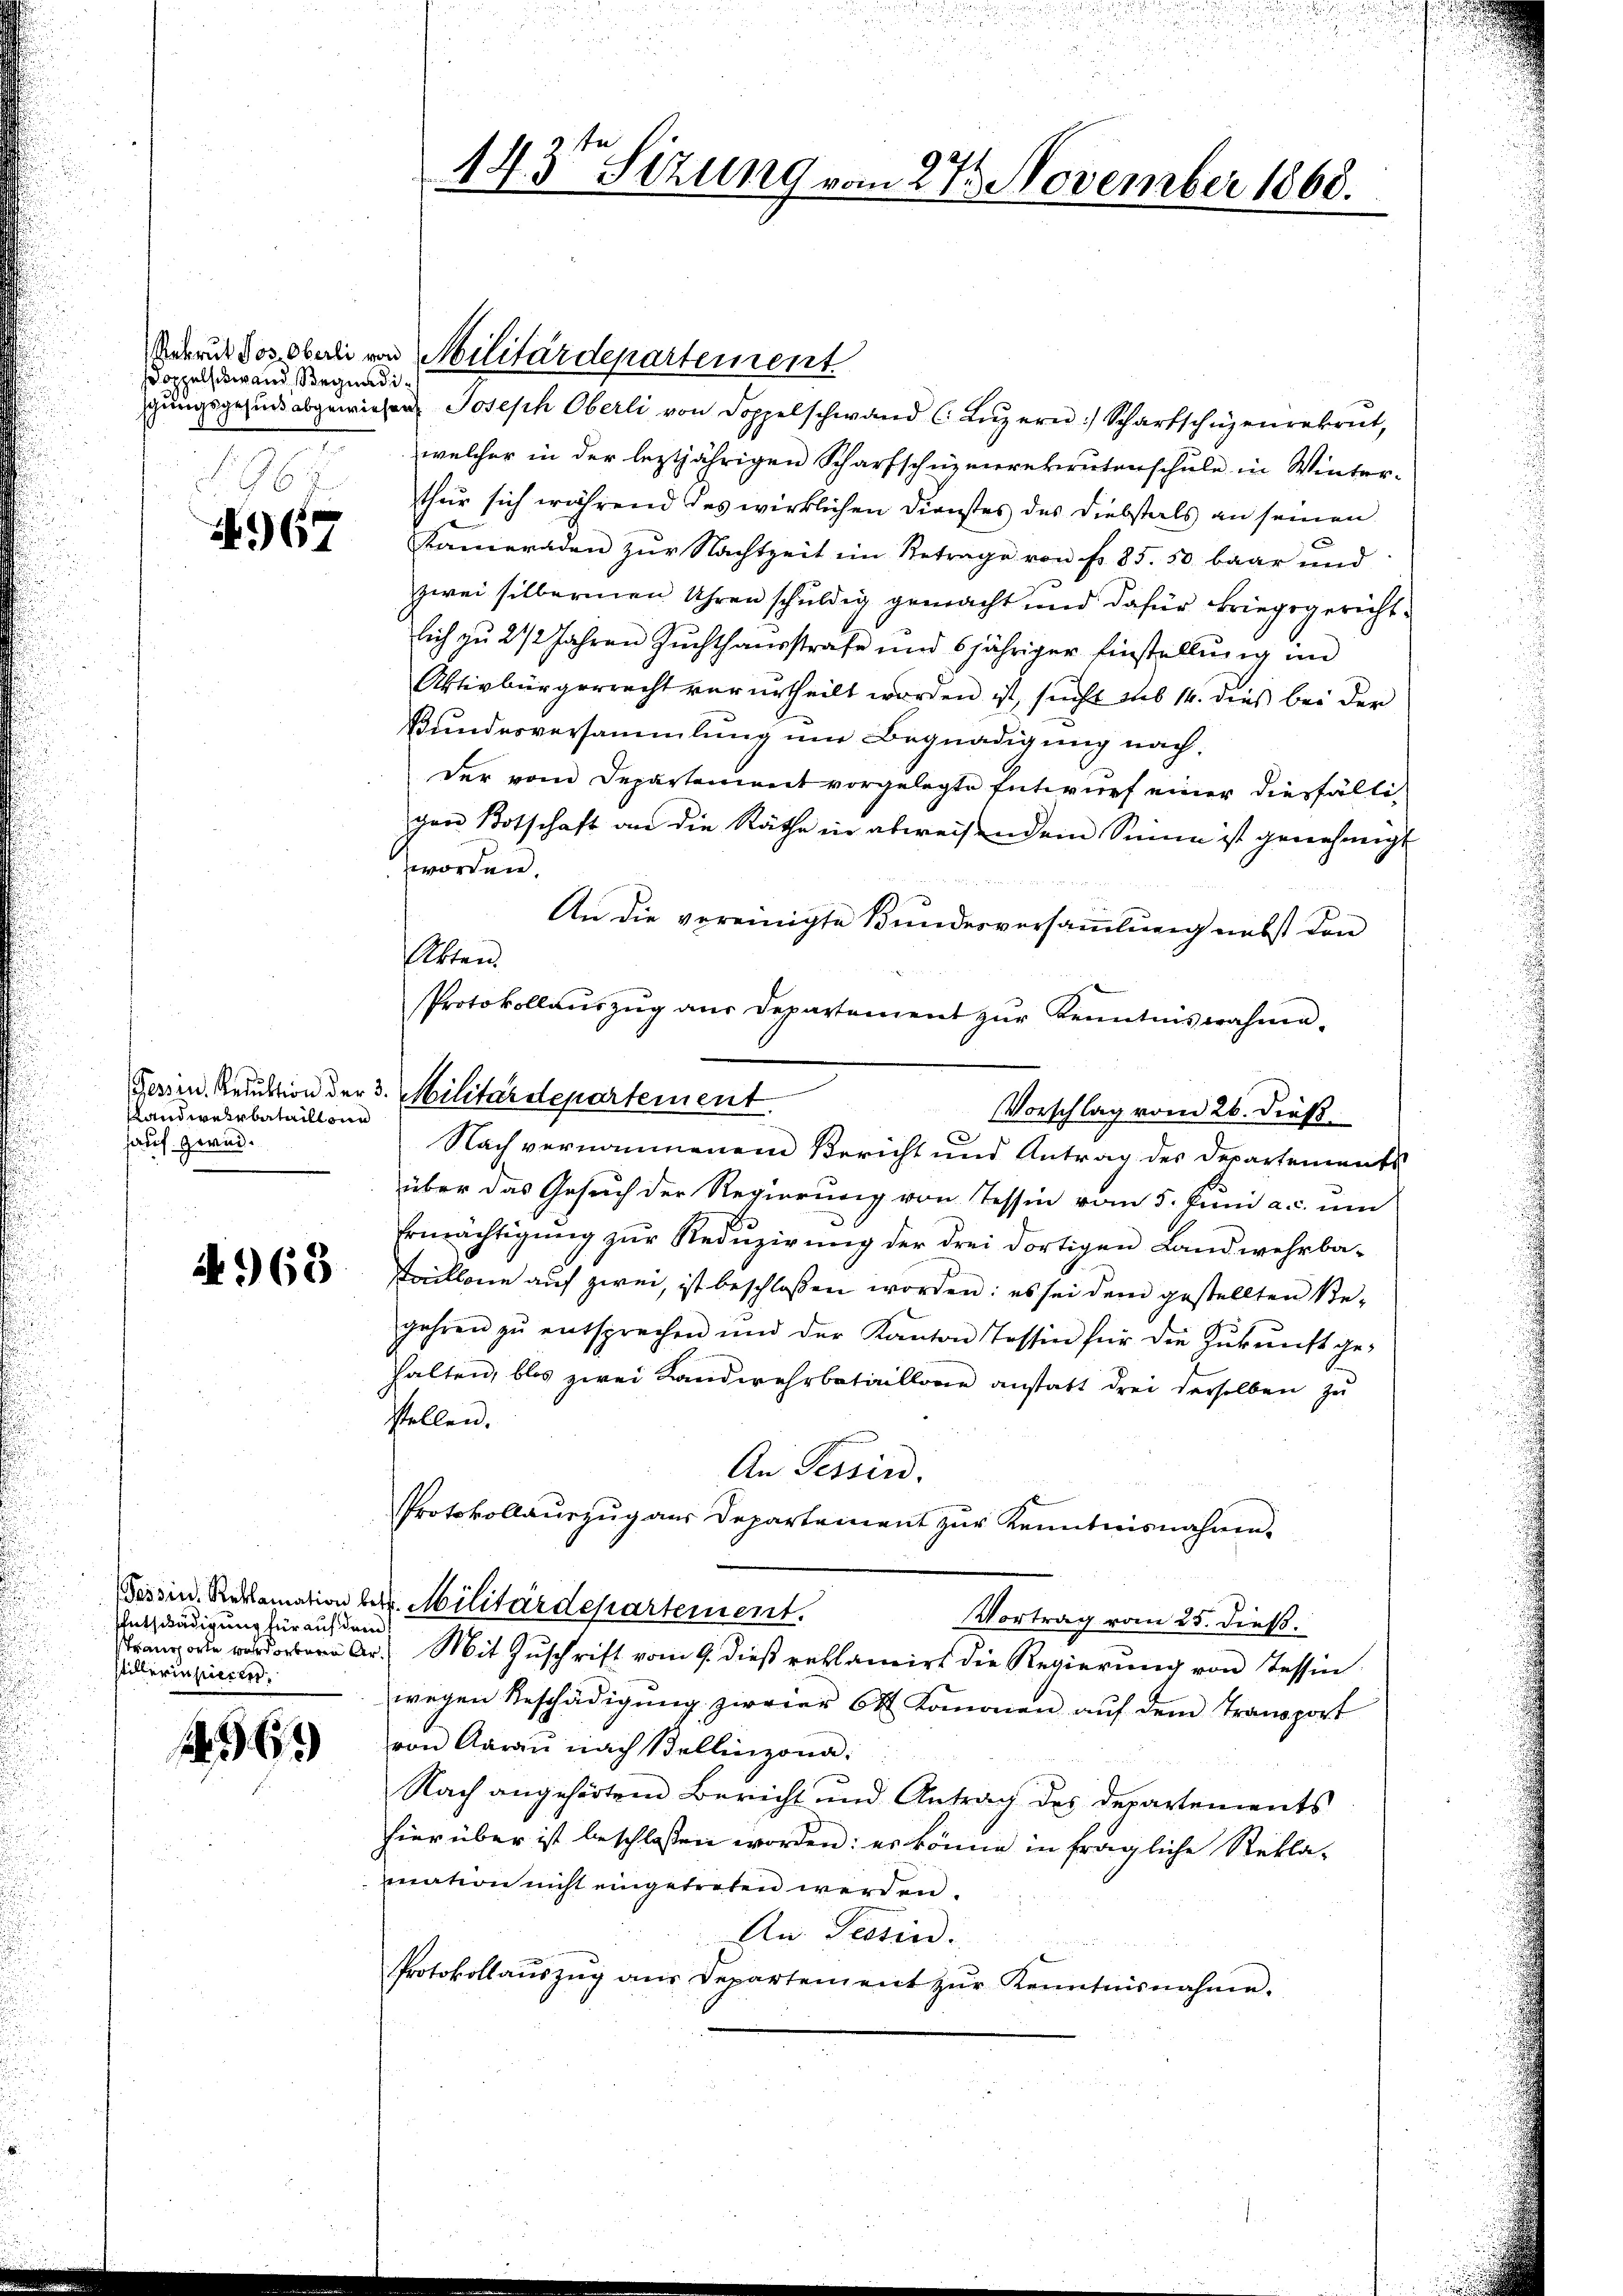
doppelschwand Begnadi¬

67

slandwehrbataillonn
sauf zwei.

4968

Entschädigung für auf dem
stillerin pieren.

.61)

n .
143 Stzung vom 27. November 1868.

Sedruk dos oberli von Militärdepartement
schungsgesund abgewiesen. Joseph Oberli von Doppelschwand (Luzern) Scharfschüzenrekrut,
welcher in der leztjährigen Scharfschüzmerekrutenschŭle in Winter-
thur sich während des wirklichen Dienstes des Diebstals an seinen
Kameraden zur Nachtzeit ein Betrage von fr. 85. 50 baar und
zwei silbernen Uhren schuldig gemacht und dafür kriegsgerichtlich zu 2 1/2 Jahren Zŭchthaŭsstrafe und 6jähriger Einstellŭng im
Aktivbürgerrecht verurtheilt worden ist, sucht sub 14. dies bei der
Bundesversammlung um Begnadigung nach,
der vom Departement vorgelegte Entwurf einer diesfälligen Botschaft an die Räthe in abweisendem Sinne ist genehmigt
worden.
An die vereinigte Bundesversammlung nebst den
tten
Protokollaŭszŭg aŭs departement zŭr Kenntnis wahma-
Vorschlag vom 26. dieß
Nach vernommenem Bericht und Antrag des Departements
über das Gesuch der Regierung von Tessin vom 5. Juni a. c. um
Ermächtigung zur Reduzierung der drei dortigen Landwehrba¬
Taillone auf zwei, ist beschlossen worden: es sei dem gestellten Be-
gehren zŭ entsprechen und der Kanton Tessin für die Zŭkŭnft ge-
halten, blos zwei Landwehrbataillone anstatt drei derselben zu
stellen.
An Tessin.
Protokollauszug aus Departement zur Kenntnisnahmen.
Tessin. Reklamation betr. Militärdepartement.
Vortrag vom 25. dieß.
 A. Mit Zuschrift vom 9. dieß reklamirt die Regierung von Tessin
wegen Beschädigŭng zweier 6 Komonen aŭf dem Transport
von Aarau nach Bellinzona.
Nach angehörtem Bericht und Antrag des Departements
hier über ist beschlossen worden: es könne in fragliche Rekla-
mation nicht eingetreten werden.
An. Tessin.
Protokollaŭszŭg ans Departement zŭr Kenntnisnahme.

Ferien. Reduktion der 3. Militärdepartement.